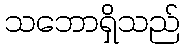
သဘောရှိသည်